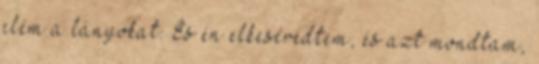
elém a lányokat. És én elkeseredtem, és azt mondtam,